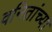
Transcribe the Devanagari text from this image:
वनितांच्या